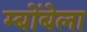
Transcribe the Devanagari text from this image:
म्बोंबेला